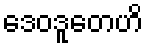
ဒေဝဒူတေဟိ